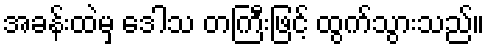
အခန်းထဲမှ ဒေါသ တကြီးဖြင့် ထွက်သွားသည်။